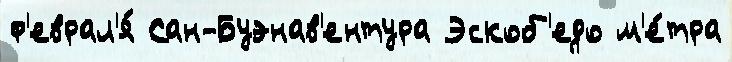
ф'еврал'я́ Сан-Буэнав'ентура Эскоб'едо м'е́тра